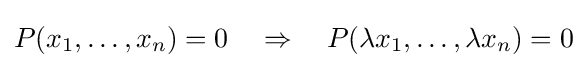
P(x_{1},\ldots ,x_{n})=0\quad \Rightarrow \quad P(\lambda x_{1},\ldots ,\lambda x_{n})=0